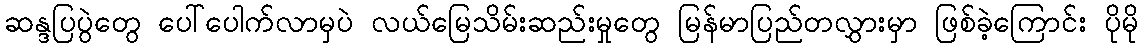
ဆန္ဒပြပွဲတွေ ပေါ်ပေါက်လာမှပဲ လယ်မြေသိမ်းဆည်းမှုတွေ မြန်မာပြည်တလွှားမှာ ဖြစ်ခဲ့ကြောင်း ပိုမို